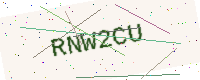
Text: RNW2CU